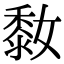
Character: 𪏮